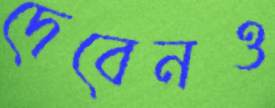
দেবেনও